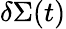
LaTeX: \delta\Sigma(t)